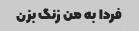
فردا به من زنگ بزن